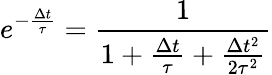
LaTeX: e^{-\frac{\Delta t}{\tau}}=\frac{1}{1+\frac{\Delta t}{\tau}+\frac{\Delta t^{2}}{2\tau^{2}}}